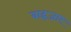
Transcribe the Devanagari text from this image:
बाहृजार